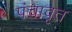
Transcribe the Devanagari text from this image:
पंचावृत